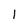
Character: l